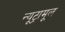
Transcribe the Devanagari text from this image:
न्यूट्रामूल